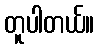
တူပါတယ်။